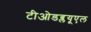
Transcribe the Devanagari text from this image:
टीओडब्लयूएल